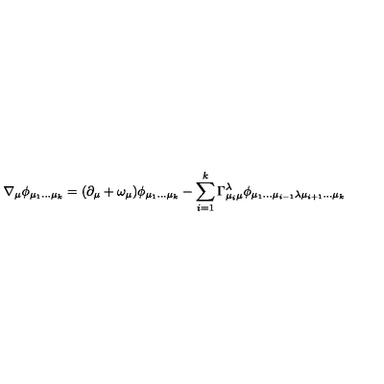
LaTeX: \nabla _ { \mu } \phi _ { \mu _ { 1 } \dots \mu _ { k } } = ( \partial _ { \mu } + \omega _ { \mu } ) \phi _ { \mu _ { 1 } \dots \mu _ { k } } - \sum _ { i = 1 } ^ { k } \Gamma _ { \mu _ { i } \mu } ^ { \lambda } \phi _ { \mu _ { 1 } \dots \mu _ { i - 1 } \lambda \mu _ { i + 1 } \dots \mu _ { k } }